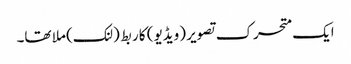
ایک متحرک تصویر (ویڈیو) کا ربط (لنک) ملا تھا۔